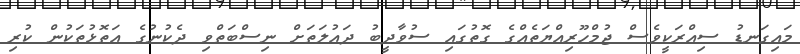
މައިގަނޑު ސިއްރަކީވެސް ޖުމްހޫރިއްޔަތެއްގެ ގޮތުގައި ސުވާދީބު ދައުލަތަށް ނިސްބަތްވި ދެކުނުގެ އަތޮޅުތަކުން ކުރި